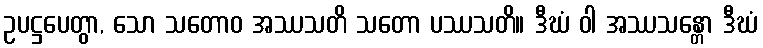
ဥပဋ္ဌပေတွာ, သော သတောဝ အဿသတိ သတော ပဿသတိ။ ဒီဃံ ဝါ အဿသန္တော ဒီဃံ